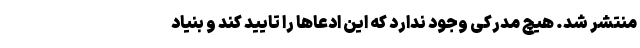
منتشر شد. هیچ مدرکی وجود ندارد که این ادعاها را تایید کند و بنیاد